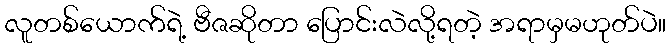
လူတစ်ယောက်ရဲ့ ဗီဇဆိုတာ ပြောင်းလဲလို့ရတဲ့ အရာမှမဟုတ်ပဲ။